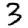
Digit: 3